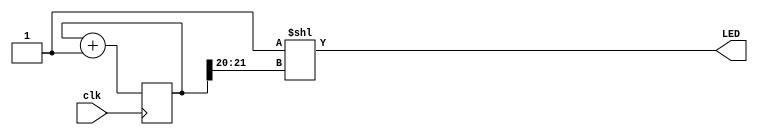
module ledloop(
  input wire clk,
  output wire[3:0] LED
);

  reg[31:0] cnt = 32'h00000000;

  always @(posedge clk)
     cnt <= cnt + 1;

  assign LED = 4'b0001 << cnt[21:20];
endmodule